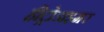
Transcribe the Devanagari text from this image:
हीट्रोडाइमर